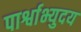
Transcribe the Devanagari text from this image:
पार्श्वाभ्युदय